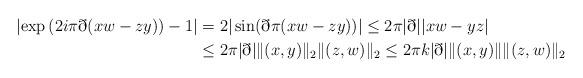
LaTeX: \begin{align*}\left| \exp\left( 2i\pi \eth (x w - z y) \right) - 1 \right| &= 2|\sin(\eth\pi(x w - z y))|\leq 2\pi|\eth| |x w - y z| \\&\leq 2\pi |\eth| \|(x,y)\|_2 \|(z,w)\|_2\leq 2\pi k |\eth| \|(x,y)\| \|(z,w)\|_2 \end{align*}